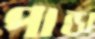
পান্ডা